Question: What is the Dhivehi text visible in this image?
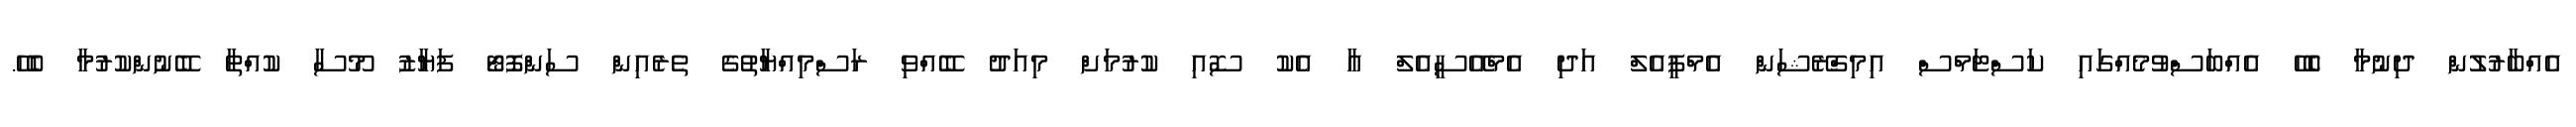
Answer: އެއްބާރުލުން ދިނުމާ ބެހޭ އެއްބަސްވުމެއްގައި ކަސްޓަމްސް އިމިގްރޭޝަން އެމްޕީއެލް އަދި އެމްއޭސީއެލް އާ އެކު ސޮއި ކުރުމަށް މިއަދު ބޭއްވި ރަސްމިއްޔާތުގެ ތެރެއިން ސަންފޮޓޯ ފަޔާޒު މޫސާ ކުއްތާ ބޭނުންކުރުމާ ބެހޭ.